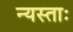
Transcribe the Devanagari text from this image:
न्यस्ताः